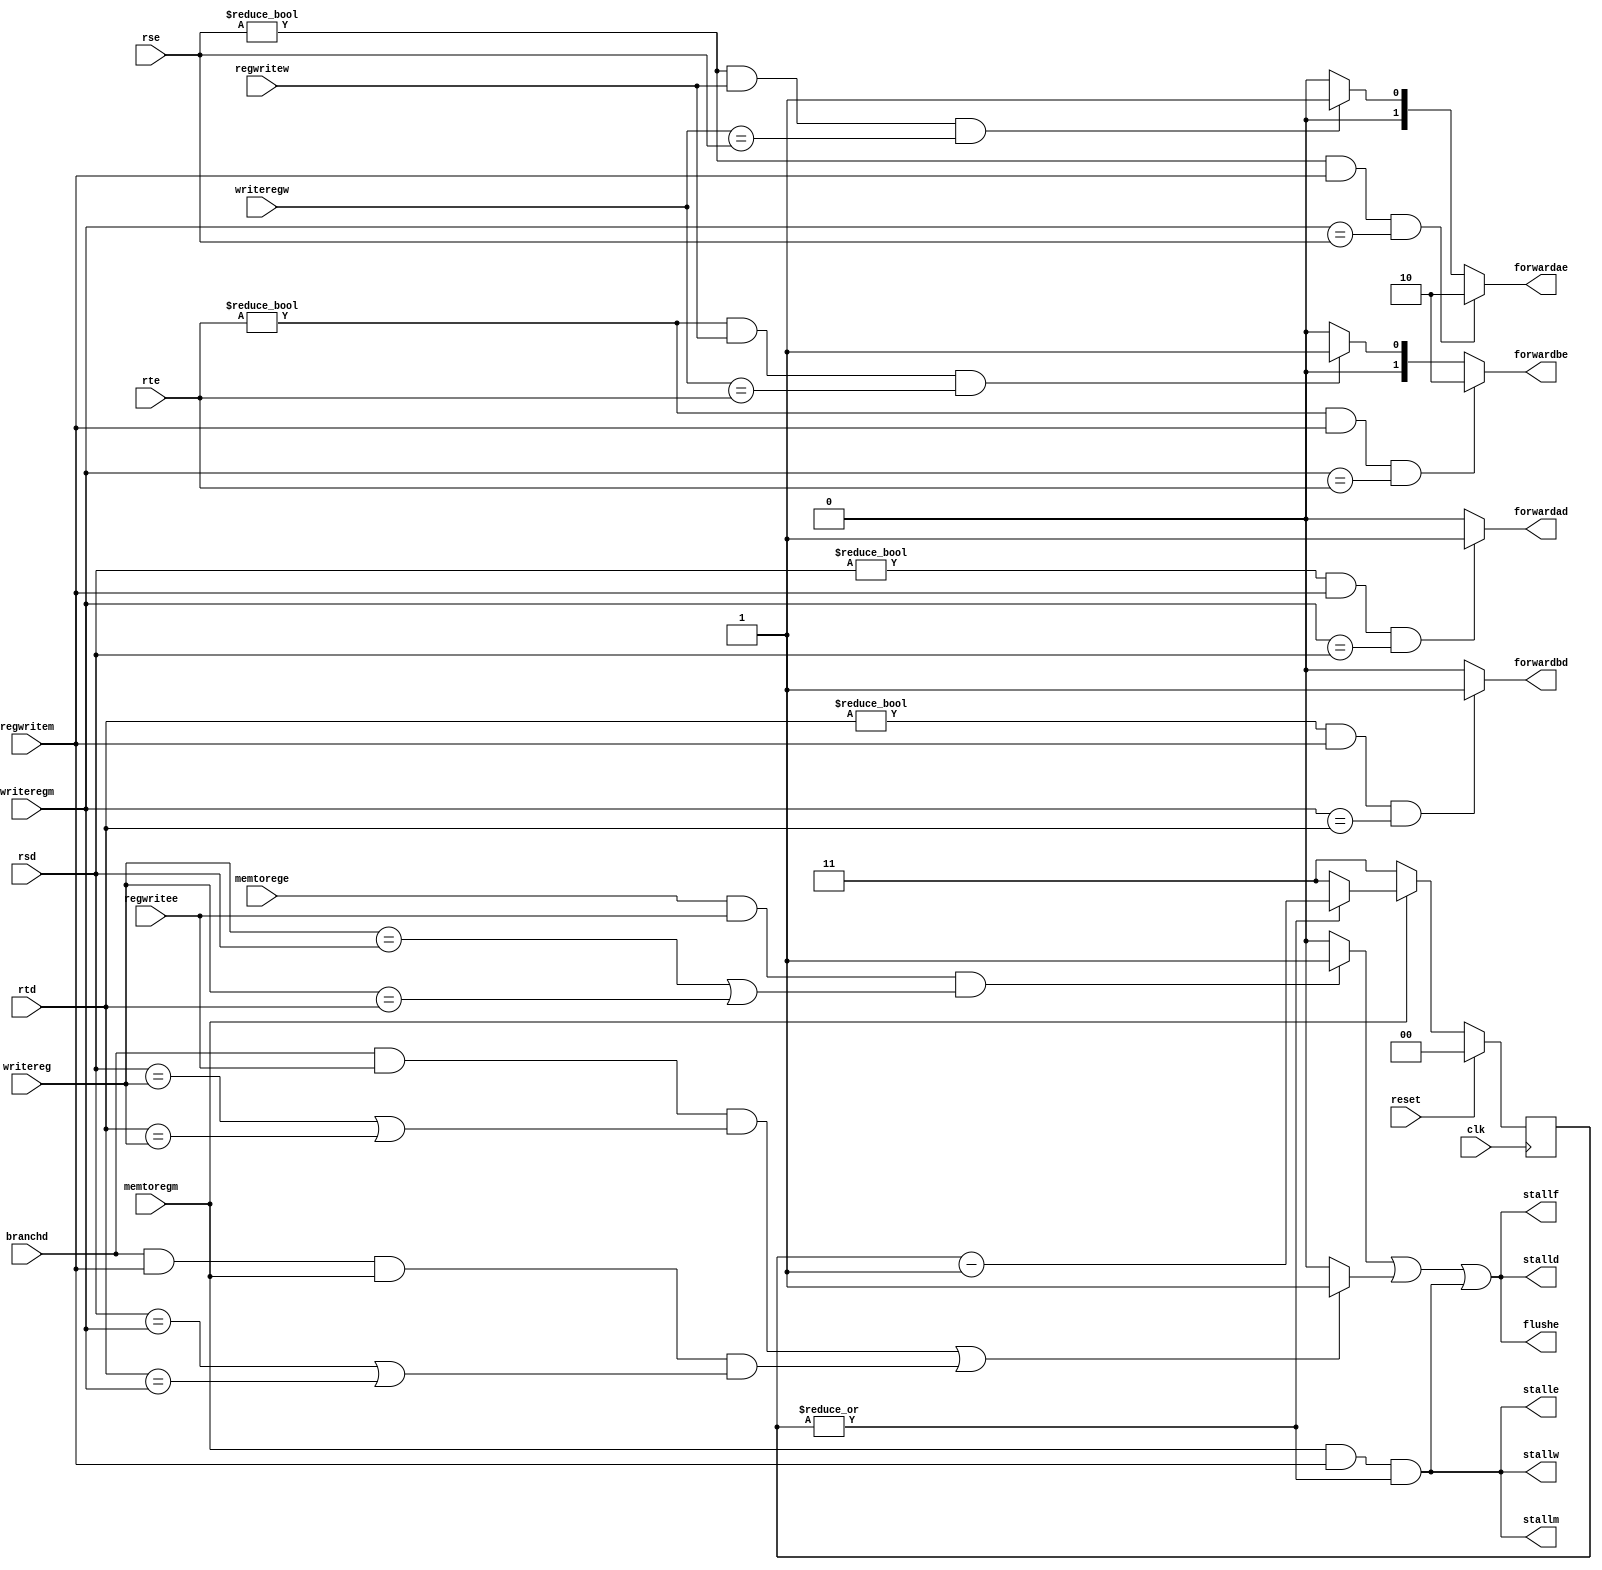
module Hazard_Pipeline(clk, reset, stallf, stalld, stalle, stallm, stallw, forwardad, forwardbd, flushe, forwardae, forwardbe, memtorege, regwritee, regwritem, regwritew, branchd, rsd, rtd, rse, rte, writereg, writeregm, memtoregm, writeregw);
	parameter Mem_Delay = 3;
	reg [1:0]count;
	always @(posedge clk)
	begin
		if(reset)
			count <= 2'b00;
		else
			count <= (memtoregm)?(( !(|count) )?Mem_Delay:(count-2'b01)):Mem_Delay;
	end

	output stallf, stalld, stalle, stallm, stallw, forwardad, forwardbd, flushe;
	output [1:0] forwardae, forwardbe;
	input clk, reset;
	input memtorege, regwritee, regwritem, regwritew, branchd, memtoregm;
	input [4:0] rsd, rtd, rse, rte, writereg, writeregm, writeregw;
	
	// memtorege
	
	wire [4:0]writerege;
	assign writerege = writereg;
	
	wire branchstall;
	
	assign forwardae = ((rse != 5'd0) && regwritem && (writeregm == rse))?2'b10:(((rse != 5'd0) && regwritew && (writeregw == rse))?2'b01:2'b00);
	assign forwardbe = ((rte != 5'd0) && regwritem && (writeregm == rte))?2'b10:(((rte != 5'd0) && regwritew && (writeregw == rte))?2'b01:2'b00);
	
	assign flushe = ((memtorege && regwritee && ((writerege == rsd) || (writerege == rtd)))?1'b1:1'b0) || (branchstall?1'b1:1'b0) || (memtoregm && regwritem && (|count) );
	assign stalld = ((memtorege && regwritee && ((writerege == rsd) || (writerege == rtd)))?1'b1:1'b0) || (branchstall?1'b1:1'b0) || (memtoregm && regwritem && (|count) );
	assign stallf = ((memtorege && regwritee && ((writerege == rsd) || (writerege == rtd)))?1'b1:1'b0) || (branchstall?1'b1:1'b0) || (memtoregm && regwritem && (|count) );
	assign stalle = (memtoregm && regwritem && (|count) );
	assign stallm = (memtoregm && regwritem && (|count) );
	assign stallw = (memtoregm && regwritem && (|count) );
	
	assign forwardad = ((rsd != 5'd0) && regwritem && (writeregm == rsd))?1'b1:1'b0;
	assign forwardbd = ((rtd != 5'd0) && regwritem && (writeregm == rtd))?1'b1:1'b0;
	assign branchstall = (branchd && regwritee && ((rsd == writerege) || (rtd == writerege))) || (branchd && regwritem && memtoregm && ((rsd == writeregm) || (rtd == writeregm)));
	
endmodule